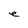
Character: e